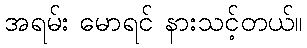
အရမ်း မောရင် နားသင့်တယ်။